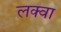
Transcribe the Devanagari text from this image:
लक्वा